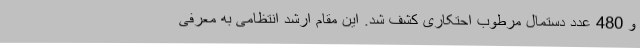
و 480 عدد دستمال مرطوب احتکاری کشف شد. این مقام ارشد انتظامی به معرفی